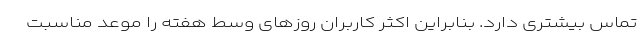
تماس بیشتری دارد. بنابراین اکثر کاربران روزهای وسط هفته را موعد مناسبت